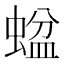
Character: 𱿶